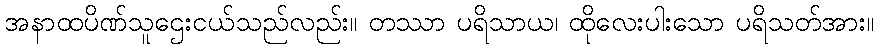
အနာထပိဏ်သူဌေးငယ်သည်လည်း။ တဿာ ပရိသာယ၊ ထိုလေးပါးသော ပရိသတ်အား။